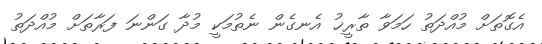
އެގޮތަށް މުއްދަތު ހަމަވާ ތާރީޚު އެނގެން ނެތުމަކީ މުދާ ގަންނަ ފަރާތަށް މުއްދަތު